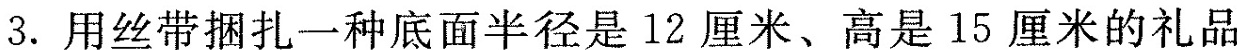
3.用丝带捆扎一种底面半径是12厘米、高是15厘米的礼品